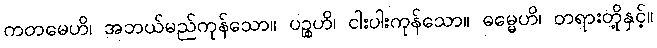
ကတမေဟိ၊ အဘယ်မည်ကုန်သော။ ပဉ္စဟိ၊ ငါးပါးကုန်သော။ ဓမ္မေဟိ၊ တရားတို့နှင့်။